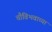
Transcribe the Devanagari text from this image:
चौविभवाच्या